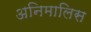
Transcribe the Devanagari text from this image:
अनिमालिस